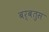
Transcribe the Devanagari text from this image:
बर्बतुस